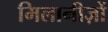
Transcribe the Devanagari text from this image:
मिलानीज़ों